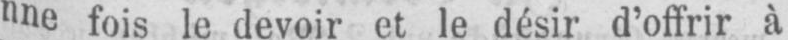
nne fois le devoir et le désir d’offrir à